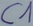
Text: C1